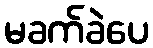
မခက်ခဲပေ